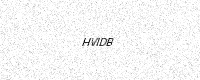
Text: HVIDB